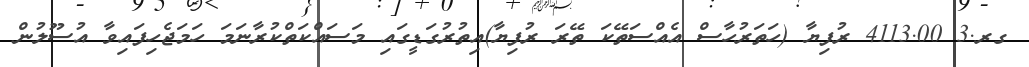
ގރ.3 4113.00 ރުފިޔާ (ހަތަރުހާސް އެއްސަތޭކަ ތޭރަ ރުފިޔާ)އިތުރުގަޑީގައި މަސައްކަތްކުރާނަމަ ހަމަޖެހިފައިވާ އުސޫލުން